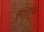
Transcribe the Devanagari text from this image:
स््टेज